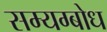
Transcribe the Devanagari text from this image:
सम्यग्बोध